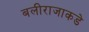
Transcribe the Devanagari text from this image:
बलीराजाकडे